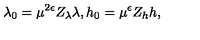
\lambda _ { 0 } = \mu ^ { 2 \epsilon } Z _ { \lambda } \lambda , h _ { 0 } = \mu ^ { \epsilon } Z _ { h } h ,